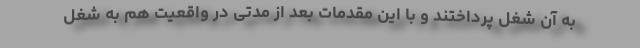
به آن شغل پرداختند و با این مقدمات بعد از مدتی در واقعیت هم به شغل